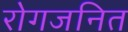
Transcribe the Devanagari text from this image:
रोगजनित